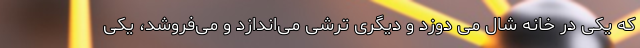
که یکی در خانه شال می دوزد و دیگری ترشی می‌اندازد و می‌فروشد، یکی